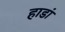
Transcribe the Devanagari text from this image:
हाडां